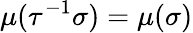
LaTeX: \mu(\tau^{-1}\sigma)=\mu(\sigma)